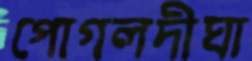
পোগলদীঘা